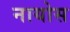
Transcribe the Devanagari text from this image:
नायोस